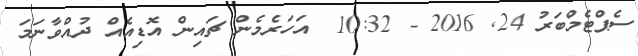
ސެޕްޓެމްބަރު 24